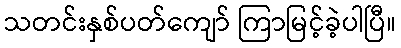
သတင်းနှစ်ပတ်ကျော် ကြာမြင့်ခဲ့ပါပြီ။